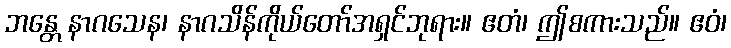
ဘန္တေ နာဂသေန၊ နာဂသိန်ကိုယ်တော်အရှင်ဘုရား။ ဧတံ၊ ဤစကားသည်။ ဧဝံ၊